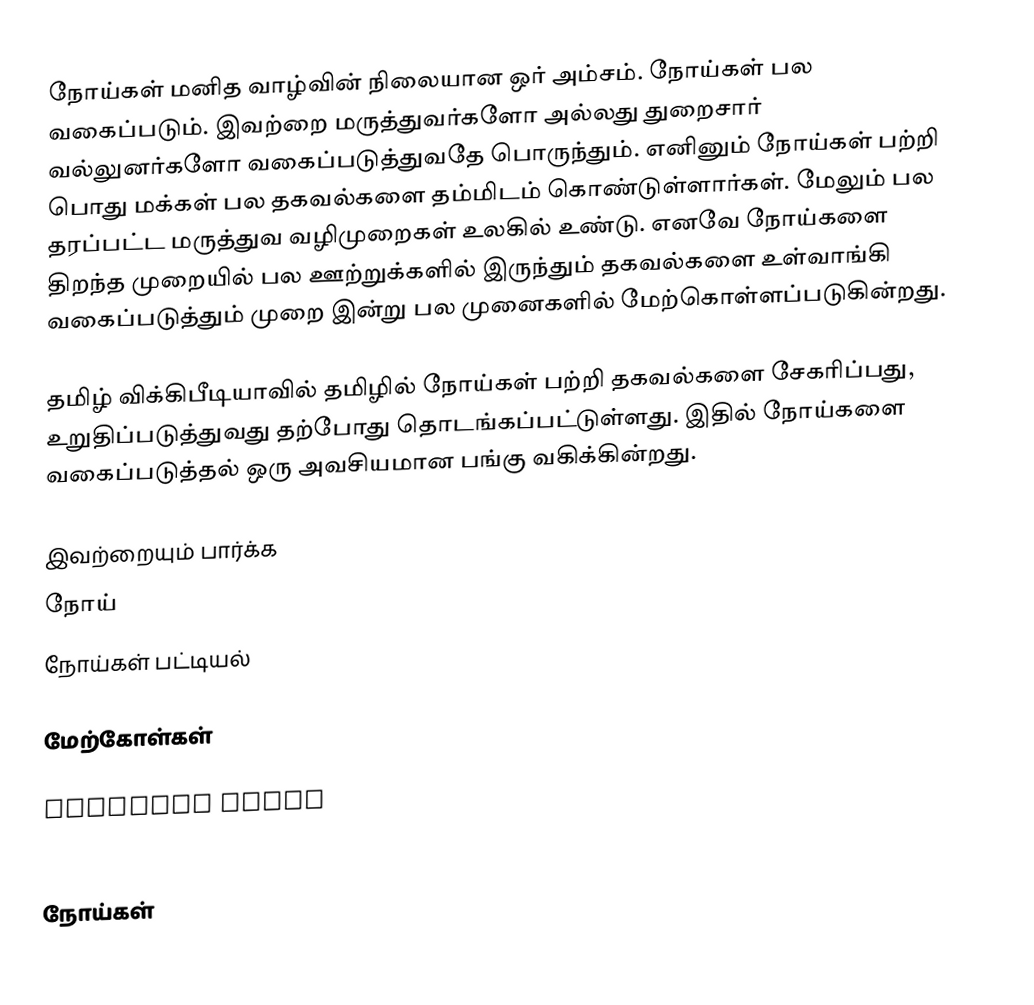
நோய்கள் மனித வாழ்வின் நிலையான ஒர் அம்சம்.  நோய்கள் பல வகைப்படும்.  இவற்றை மருத்துவர்களோ அல்லது துறைசார் வல்லுனர்களோ வகைப்படுத்துவதே பொருந்தும்.  எனினும் நோய்கள் பற்றி பொது மக்கள் பல தகவல்களை தம்மிடம் கொண்டுள்ளார்கள்.  மேலும் பல தரப்பட்ட மருத்துவ வழிமுறைகள் உலகில் உண்டு.  எனவே நோய்களை திறந்த முறையில் பல ஊற்றுக்களில் இருந்தும் தகவல்களை உள்வாங்கி வகைப்படுத்தும் முறை இன்று பல முனைகளில் மேற்கொள்ளப்படுகின்றது.

தமிழ் விக்கிபீடியாவில் தமிழில் நோய்கள் பற்றி தகவல்களை சேகரிப்பது, உறுதிப்படுத்துவது தற்போது தொடங்கப்பட்டுள்ளது.  இதில் நோய்களை வகைப்படுத்தல் ஒரு அவசியமான பங்கு வகிக்கின்றது.

இவற்றையும் பார்க்க
 நோய்
 நோய்கள் பட்டியல்

மேற்கோள்கள்

External Links
 http://www.who.int/classifications/apps/icd/icd10online/

நோய்கள்